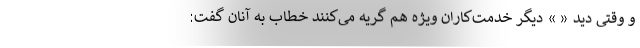
و وقتی دید « » دیگر خدمت‌کاران ویژه هم گریه می‌کنند خطاب به آنان گفت: